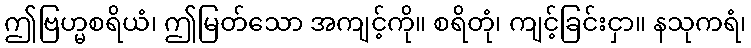
ဤဗြဟ္မစရိယံ၊ ဤမြတ်သော အကျင့်ကို။ စရိတုံ၊ ကျင့်ခြင်းငှာ။ နသုကရံ၊